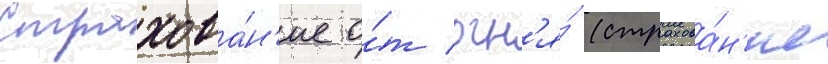
Страхова́н'ие о́т огн'я́ (страхова́н'ие